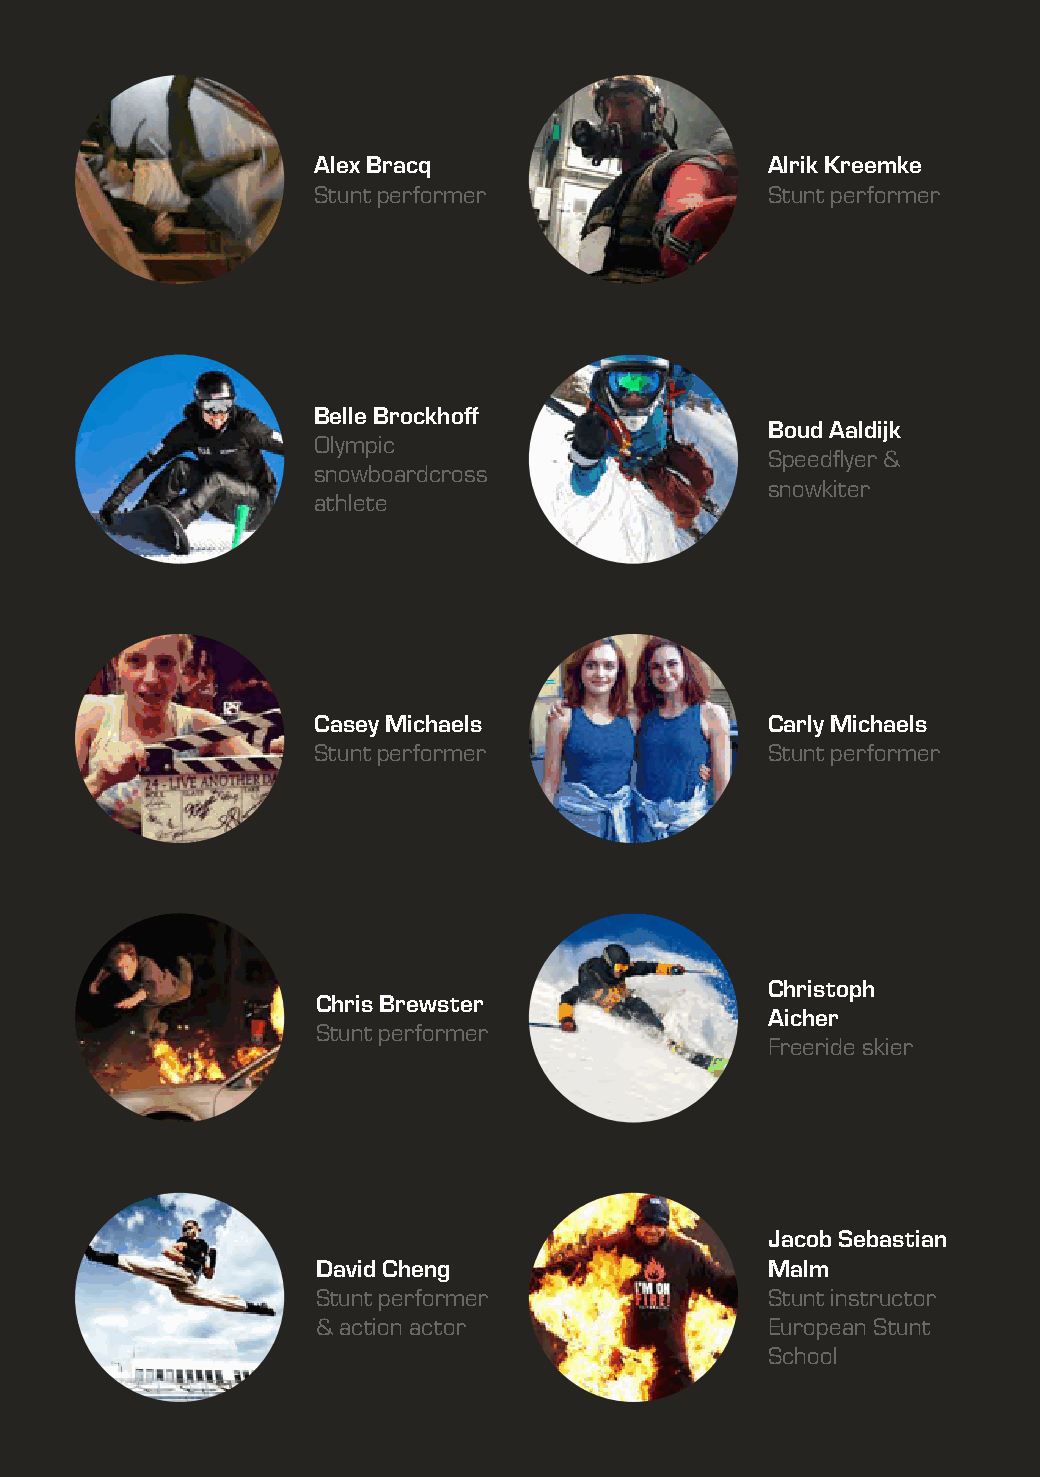
Alex Bracq                    Alrik Kreemke
 Stunt performer               Stunt performer
 Belle Brockhoff
 Boud Aaldijk
 Olympic
 Speedflyer &
 snowboardcross
 snowkiter
 athlete
 Casey Michaels                Carly Michaels
 Stunt performer               Stunt performer
 Christoph
 Chris Brewster
 Aicher
 Stunt performer
 Freeride skier
 Jacob Sebastian
 David Cheng                   Malm
 Stunt performer               Stunt instructor
 & action actor                European Stunt
 School